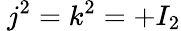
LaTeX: ~j^{2}=k^{2}=+I_{2}